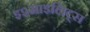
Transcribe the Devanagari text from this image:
इश्माइलिट्स